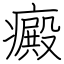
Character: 癜